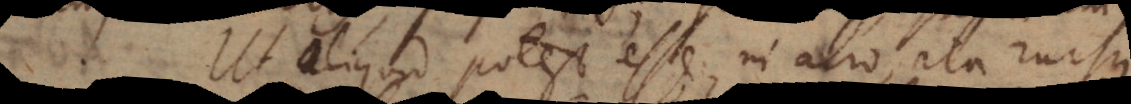
Ut aliquid potest esse in alio, ita rursus